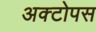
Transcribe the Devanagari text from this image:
अक्टोपस